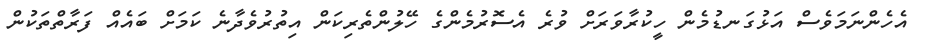
އެހެންނަމަވެސް އަޅުގަނޑުމެން ހީކުރާވަރަށް ވުރެ އެސޮރުމެންގެ ހޭލުންތެރިކަން އިތުރުވެދާނެ ކަމަށް ބައެއް ފަރާތްތަކުން